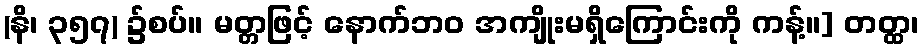
(နိ၊ ၃၅၇) ၌စပ်။ မတ္တဖြင့် နောက်ဘဝ အကျိုးမရှိကြောင်းကို ကန့်။] တတ္ထ၊